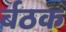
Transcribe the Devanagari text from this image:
र्बठक